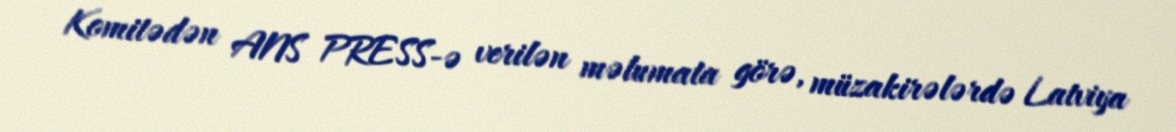
Komitədən ANS PRESS-ə verilən məlumata görə, müzakirələrdə Latviya